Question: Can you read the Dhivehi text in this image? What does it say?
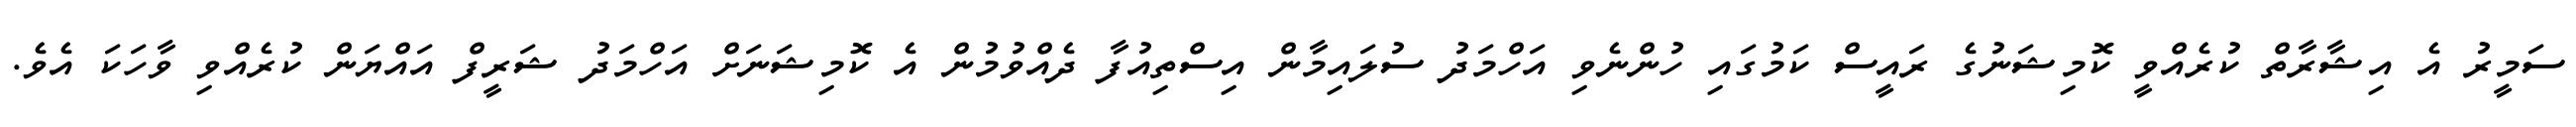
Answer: ސަމީރު އެ އިޝާރާތް ކުރެއްވީ ކޮމިޝަނުގެ ރައީސް ކަމުގައި ހުންނެވި އަހްމަދު ސުލައިމާން އިސްތިއުފާ ދެއްވުމުން އެ ކޮމިޝަނަށް އަހްމަދު ޝަރީފް އައްޔަން ކުރެއްވި ވާހަކަ އެވެ.